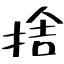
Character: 捨